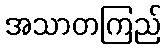
အသာတကြည်